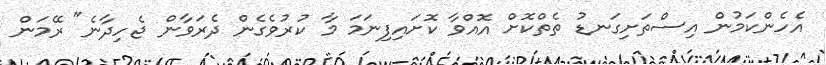
އެހެންކަމުން އިސްތަށިގަނޑު ތެތްކޮށް އޮއްވާ ކޮށައިފިނަމަ މާ ކުރުވެގެން ދެރަވާން ޖެހިދާނެ" ރޭމަން